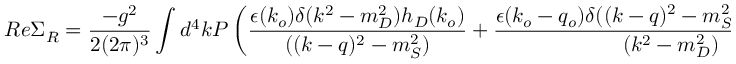
R e \Sigma _ { R } = { \frac { - g ^ { 2 } } { 2 ( 2 \pi ) ^ { 3 } } } \int d ^ { 4 } k { \cal P } \left( { \frac { \epsilon ( k _ { o } ) \delta ( k ^ { 2 } - m _ { D } ^ { 2 } ) h _ { D } ( k _ { o } ) } { ( ( k - q ) ^ { 2 } - m _ { S } ^ { 2 } ) } } + { \frac { \epsilon ( k _ { o } - q _ { o } ) \delta ( ( k - q ) ^ { 2 } - m _ { S } ^ { 2 } ) h _ { S } ( k _ { o } - q _ { o } ) } { ( k ^ { 2 } - m _ { D } ^ { 2 } ) } } \right) F .